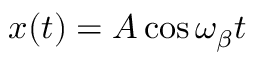
x ( t ) = A \cos { \omega _ { \beta } t }